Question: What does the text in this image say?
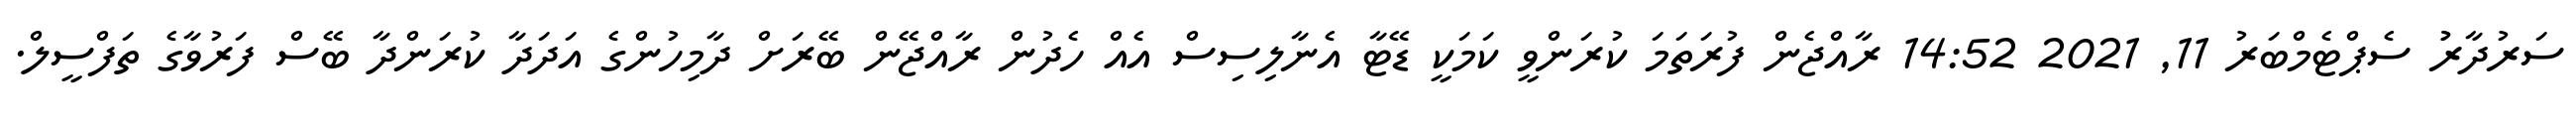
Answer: ސަރުދާރުު ސެޕްޓެމްބަރު 11, 2021 14:52 ރާއްޖެން ފުރަތަމަ ކުރަންވީ ކަމަކީ ޑޭޓާ އެނާލިސިސް އެއް ހެދުން ރާއްޖޭން ބޭރަށް ދާމިހުންގެ އަދަދާ ކުރަންދާ ބޭސް ފަރުވާގެ ތަފްސީލް.